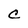
Character: C